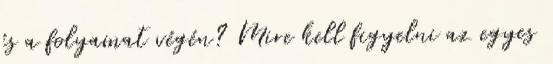
és a folyamat végén? Mire kell figyelni az egyes